Burma Government Medical School reports 1907-22
Year: 1907
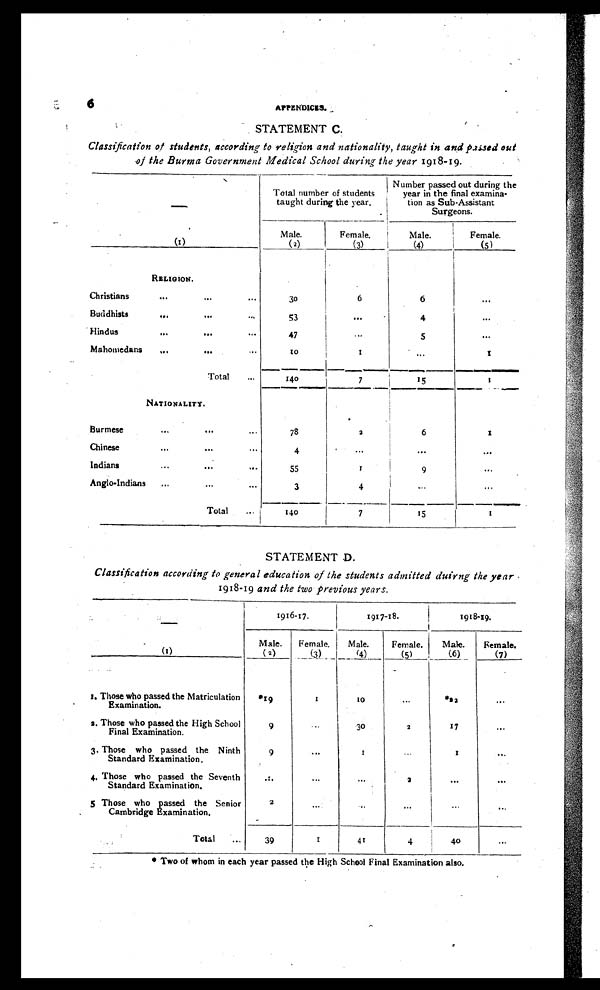
6
APPENDICES.
STATEMENT C.
Classification of students, according to religion and nationality, taught in and passed out
of the Burma Government Medical School during the year 1918-19.
Total number of students
taught during the year.
Number passed out during the
year in the final examina.
tion as Sub-Assistant
Surgeons.
(1)
Male.
(2)
Female.
(3)
Male.
(4)
Female.
(5)
RELIGION.
Christians
...
...
.. .
30
6
6
...
Buddhists
...
...
...
53
. . .
4
. . .
Hindus
...
...
. . .
47
. . .
5
. . .
Mahomedans
...
...
...
1 0
1
. . .
1
Total
...
140
7
15
1
NATIONALITY.
Burmese
...
. . .
78
2
6
1
Chi nese
.. .
...
. . .
4
. . .
. . .
. . .
Indians
...
...
...
55
1
9
...
Anglo-Indians
......
. ..
3
4
. . .
...
Total
...
140
7
15
1
STATEMENT D.
Classification according to general education of the students admitted duirng the year
1918-19 and the two previous years.
1916-17.
1917-18.
1918-19.
(1)
Male.
( 2 )
Female.
(3)
Male.
(4)
Female.
(5)
Male.
(6)
Female.
(7)
1. Those who passed the Matriculation
Examination.
*19
_
_
1
1 0
...
*22
. . .
2 . Those who passed the High School
Final Examination.
9
...
3o
2
17
. . .
3. Those who passed the Ninth
Standard Examination.
9
...
1
. . .
1
...
4. Those who passed the Seventh
Standard Examination.
...
...
...
2
. . .
. . .
5 Those who passed the Senior
Cambridge Examination.
2
. . .
. . .
. . .
. .
. . .
Total
. . .
39
1
41
__
4
40
. . .
*
Two of whom in each year passed the High School Final Examination also.